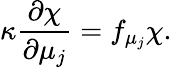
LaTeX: \kappa\frac{\partial\chi}{\partial\mu_{j}}=f_{\mu_{j}}\chi.